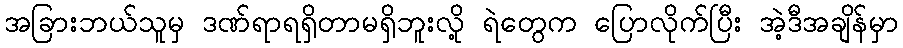
အခြားဘယ်သူမှ ဒဏ်ရာရရှိတာမရှိဘူးလို့ ရဲတွေက ပြောလိုက်ပြီး အဲ့ဒီအချိန်မှာ